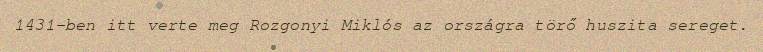
1431-ben itt verte meg Rozgonyi Miklós az országra törő huszita sereget.